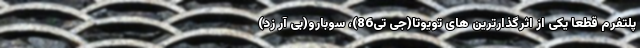
پلتفرم قطعا یکی از اثرگذارترین های تویوتا(جی تی86)، سوبارو(بی آر زد)